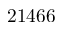
2 1 4 6 6